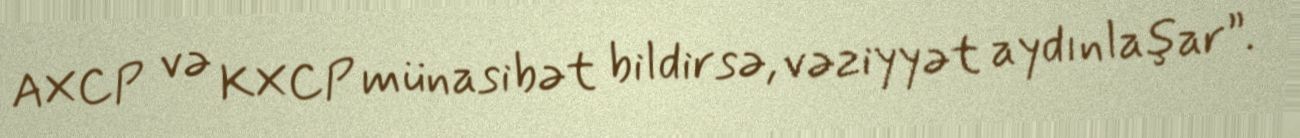
AXCP və KXCP münasibət bildirsə, vəziyyət aydınlaşar”.